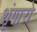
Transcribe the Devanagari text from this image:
शृंगारो